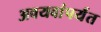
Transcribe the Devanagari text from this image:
अवयवांपर्यंत